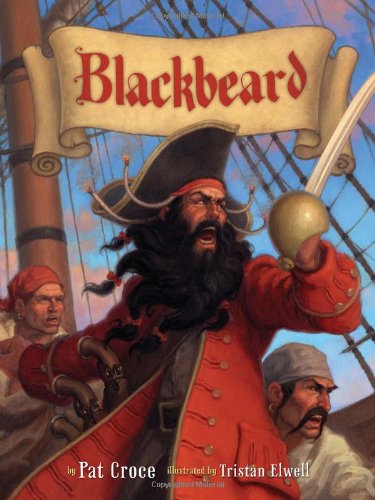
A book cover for Blackbeard; Pat Croce; Children's Books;